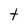
Character: t